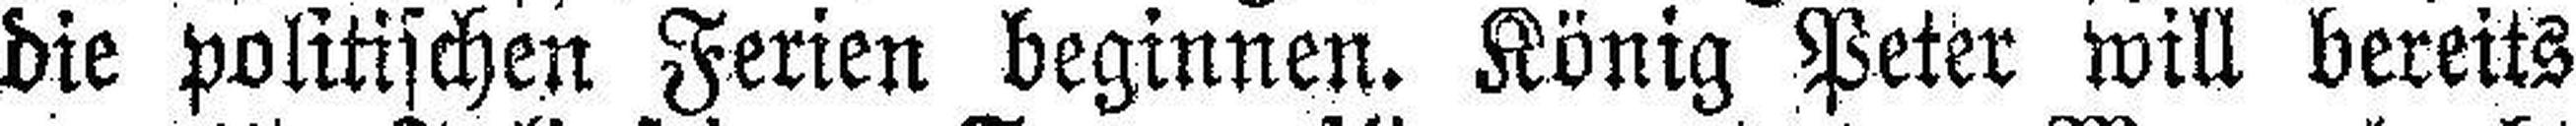
die politischen Ferien beginnen. König Peter will bereits